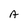
Character: A